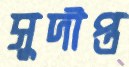
সুদীপ্ত